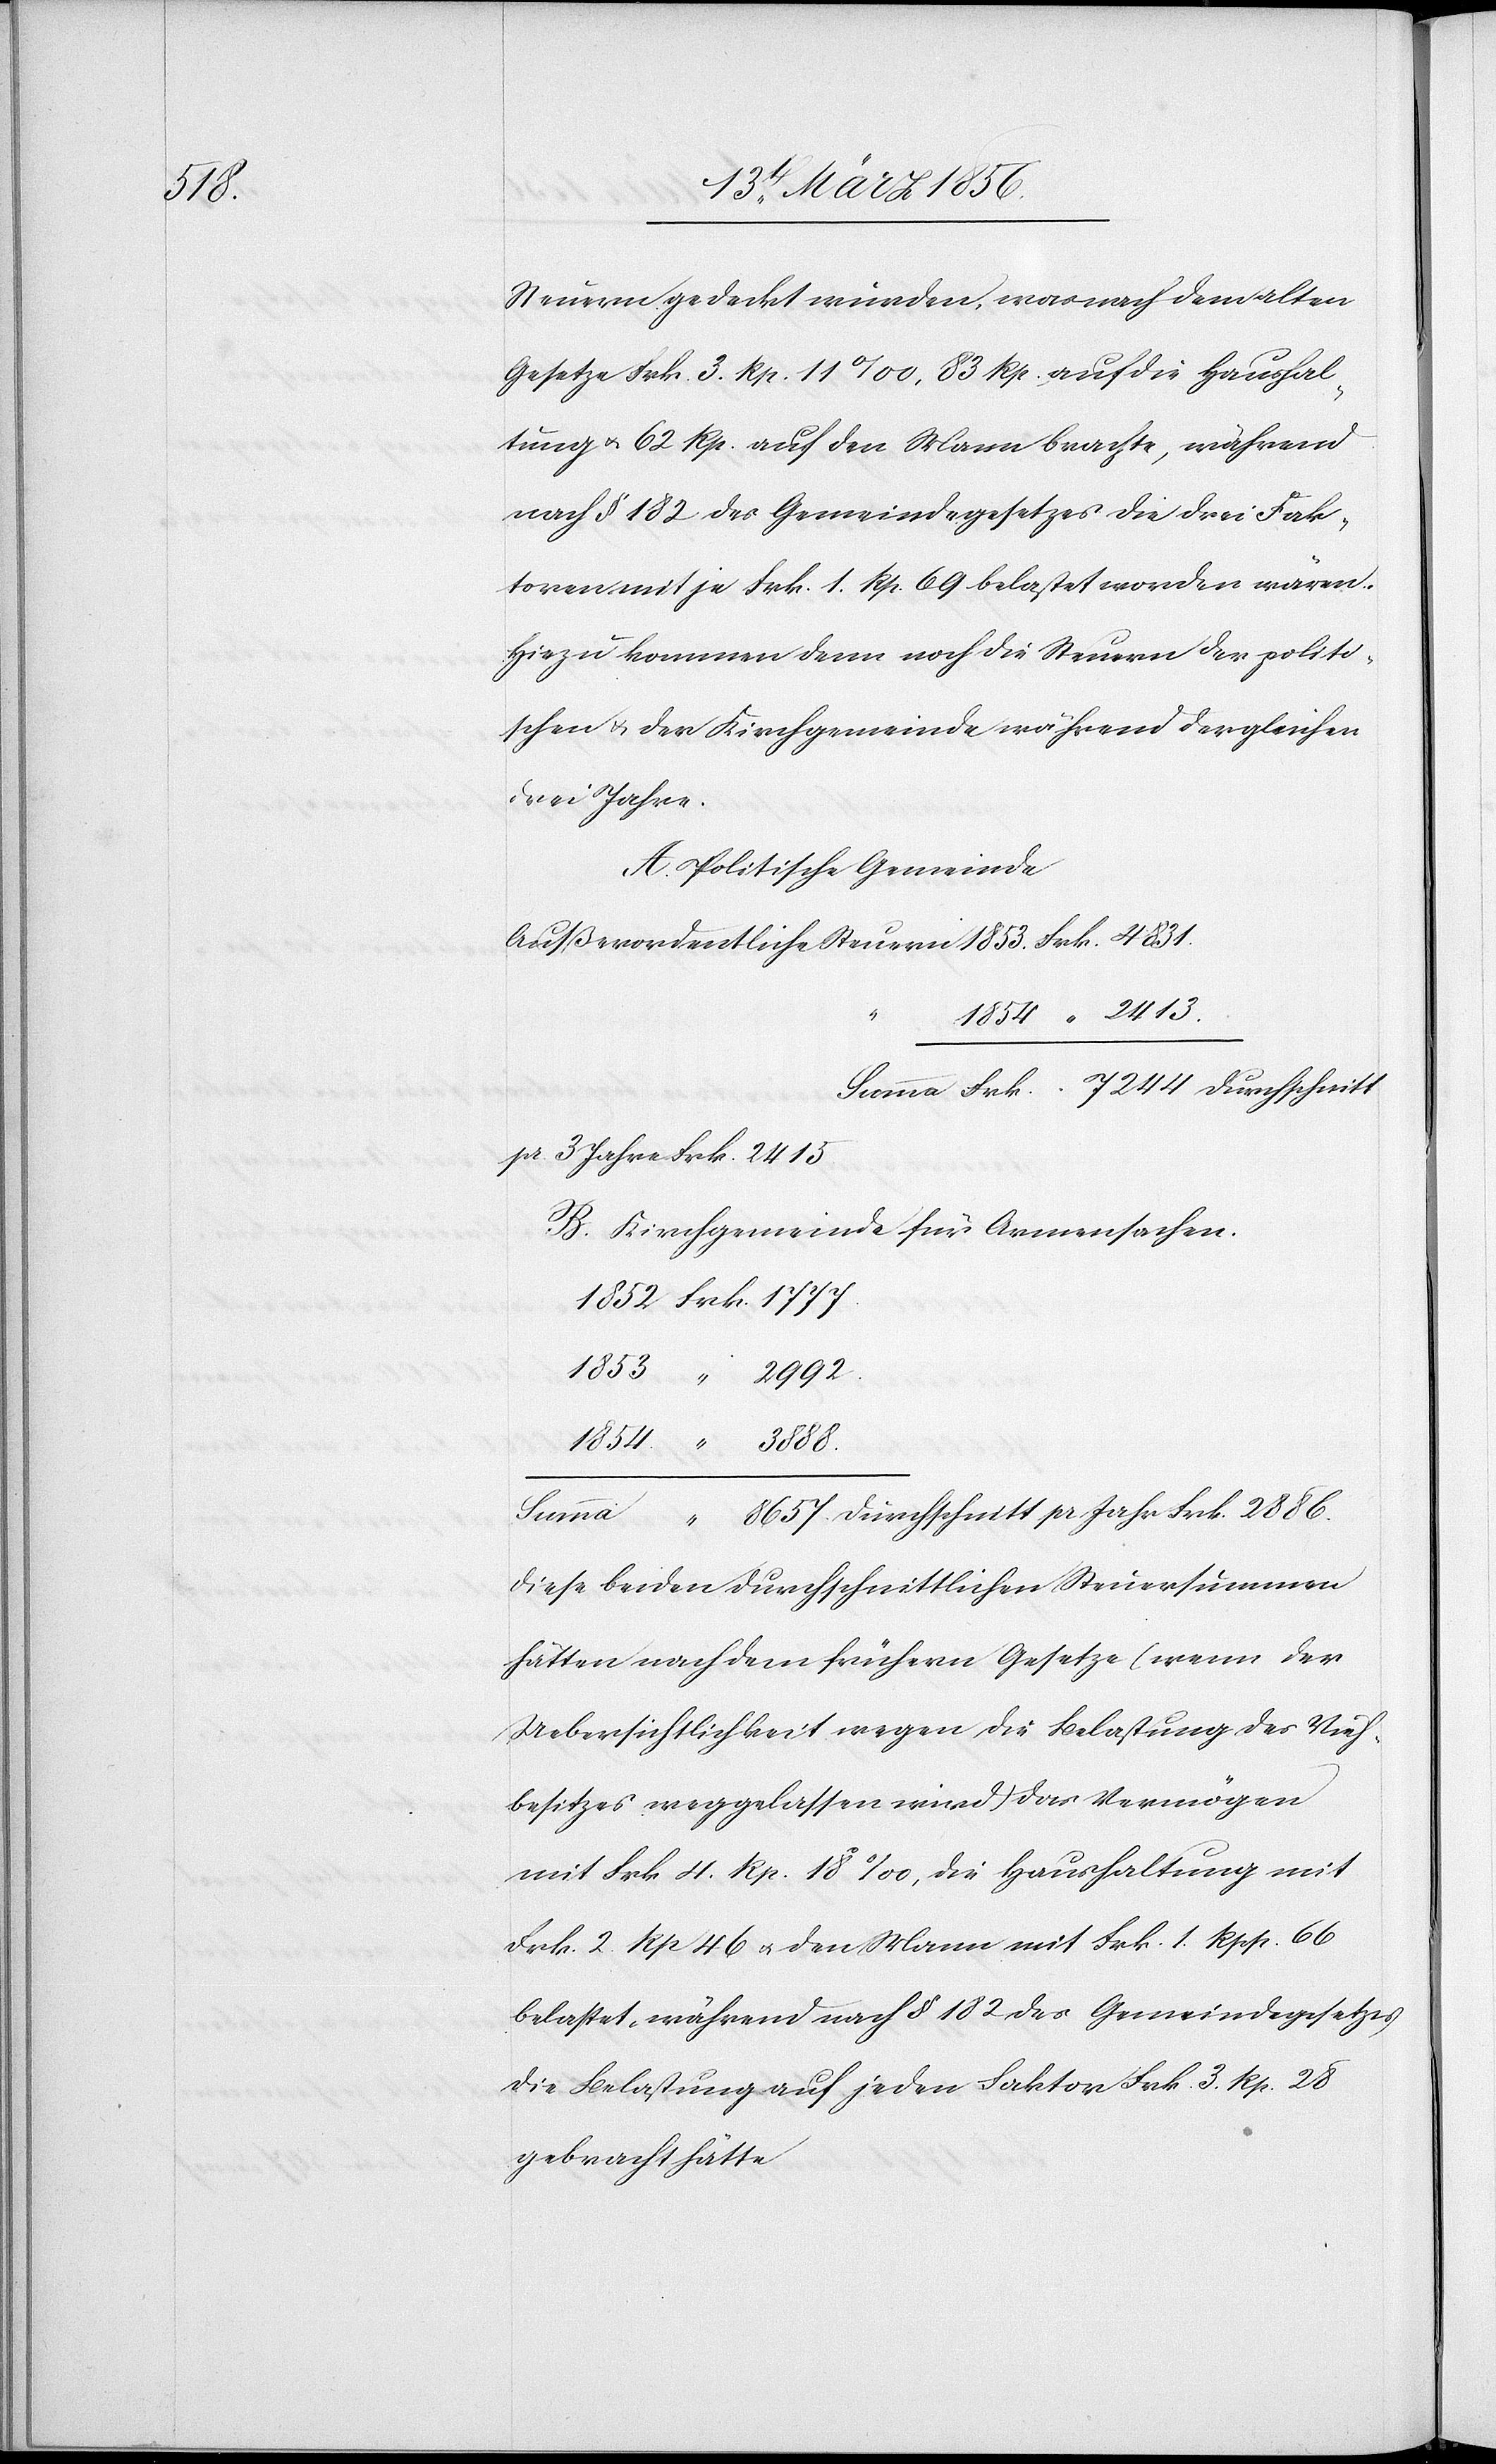
Steuern gedeckt wurden, was nach dem alten
Gesetze Frk. 3. Rp. 11 ‰, 83 Rp. auf die Haushal¬
tung u. 62 Rp. auf den Mann brachte, während
nach § 182 des Gemeindegesetzes die drei Fak¬
toren mit je Frk. 1. Rp. 69 belastet worden wären.
Hiezu kommen denn noch die Steuern der politi¬
schen & der Kirchgemeinde während dergleichen
drei Jahre.
A. Politische Gemeinde
Außerordentliche Steuern	1853.	Frk.	4831.
Summa	Frk 7244 Durchschnitt
pr 3 Jahre Frk. 2415.
B. Kirchgemeinde für Armensachen.
Summa	 “	8657. Durchschnitt pr Jahr Frk. 2886.
Diese beiden durchschnittlichen Steuersummen
hätten nach dem frühern Gesetze (wenn der
Uebersichtlichkeit wegen die Belastung des Vieh¬
besitzes weggelassen wird) das Vermögen
mit Frk 4. Rp. 18 ‰, die Haushaltung mit
Frk. 2 Rp 46 u. den Mann mit Frk. 1. Rpp. 66
belastet, während nach § 182 des Gemeindegesetzes
die Belastung auf jeden Faktor Frk. 3. Rp. 28
gebracht hätte